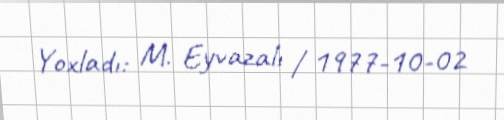
Yoxladı: M. Eyvazalı / 1977-10-02